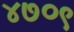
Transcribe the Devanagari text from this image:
४७०९